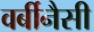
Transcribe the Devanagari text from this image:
वर्बीनैसी